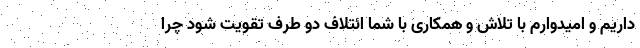
داریم و امیدوارم با تلاش و همکاری با شما ائتلاف دو طرف تقویت شود چرا